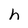
Character: h